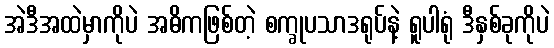
အဲဒီအထဲမှာကိုပဲ အဓိကဖြစ်တဲ့ စက္ခုပသာဒရုပ်နဲ့ ရူပါရုံ ဒီနှစ်ခုကိုပဲ